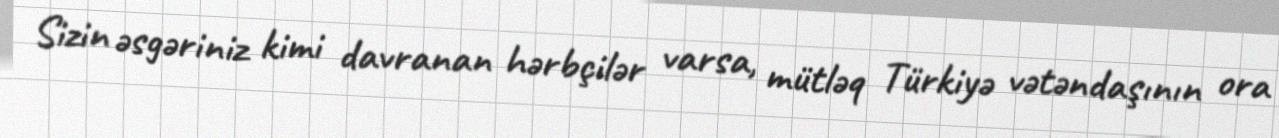
Sizin əsgəriniz kimi davranan hərbçilər varsa, mütləq Türkiyə vətəndaşının ora